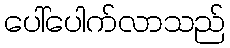
ပေါ်ပေါက်လာသည်